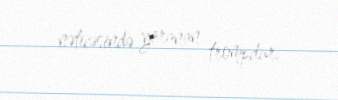
nəticəsində yaranan trompdur.